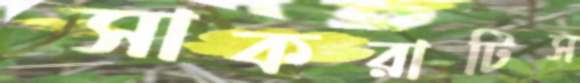
সোকরাটিস